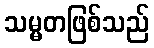
သမ္မတဖြစ်သည်